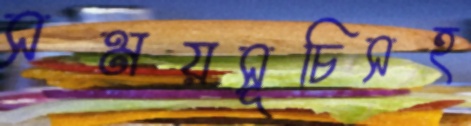
সময়সূচিসহ